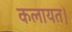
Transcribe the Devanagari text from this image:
कलायत।